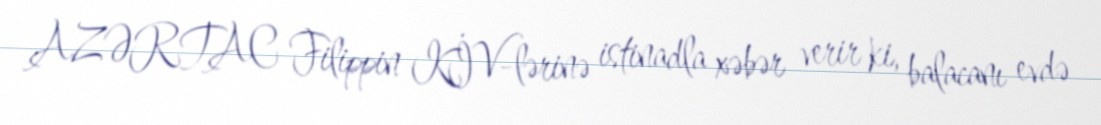
AZƏRTAC Filippin KİV-lərinə istinadla xəbər verir ki, balacanı evdə